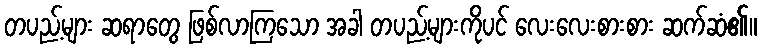
တပည့်များ ဆရာတွေ ဖြစ်လာကြသော အခါ တပည့်များကိုပင် လေးလေးစားစား ဆက်ဆံ၏။